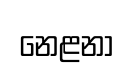
නෙළනා